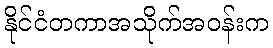
နိုင်ငံတကာအသိုက်အဝန်းက